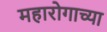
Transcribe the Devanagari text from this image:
महारोगाच्या